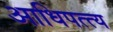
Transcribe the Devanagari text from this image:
आधिपत्त्य